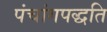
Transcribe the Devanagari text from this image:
पंचांगपद्धति